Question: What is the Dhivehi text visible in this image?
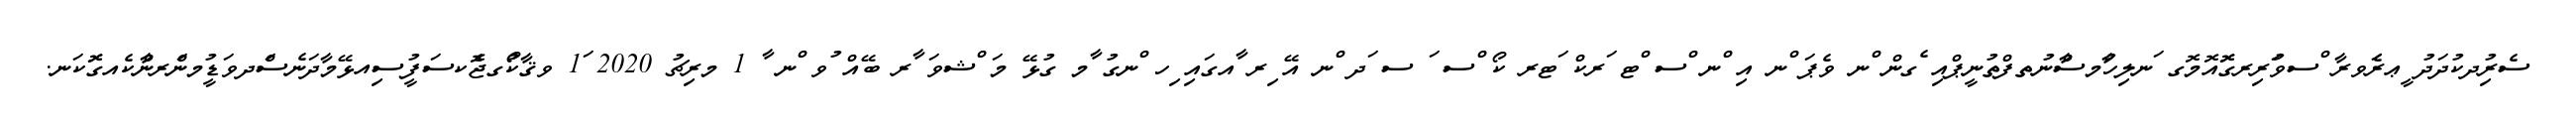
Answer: ސެރުިދކުދަދު ީޢރެަވރާ ްސވަުރިރގޮޮއޮމޮގ ަނލިހުާމސާްނުތފްތުނީޕްއި ެގން ްނ ވެޕަ ްނ އި ްނ ްސ ްޓ ަރކް ަޓރ ކޯ ްސ ަ ސ ަދ ްނ އޭ ިރ ާއގައި ިހ ްނގު ާމ ގުޅޭ މަ ްޝވަ ާރ ބޭއް ުވ ްނ ާ 1 މރިޗު 2020 ަ1 ވޤާކޯުގޖެޮކސަފުީސިއޅޭމާދަނެސްަދވަޑީުމންަރންާކެއގޮޮކަނ.